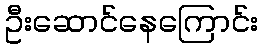
ဦးဆောင်နေကြောင်း